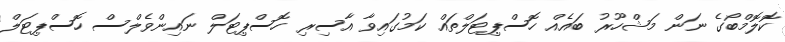
ކޮލޮމްބޯގެ ނަން މަޝްހޫރު ބައެއް ހޮސްޕިޓަލްތައް ކަމުގައިވާ އާސިރި ހޮސްޕިޓަލް ނައިންވެލްސް ހޮސްޕިޓަލް